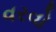
વરવો